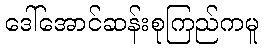
ဒေါ်အောင်ဆန်းစုကြည်ကမူ